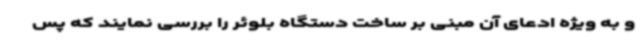
و به ویژه ادعای آن مبنی بر ساخت دستگاه بلوئر را بررسی نمایند که پس